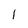
Character: 1